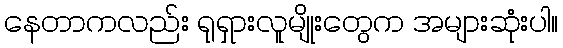
နေတာကလည်း ရုရှားလူမျိုးတွေက အများဆုံးပါ။